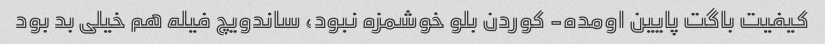
کیفیت باگت پایین اومده- کوردن بلو خوشمزه نبود، ساندویچ فیله هم خیلی بد بود